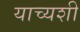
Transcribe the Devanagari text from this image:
याच्यशी